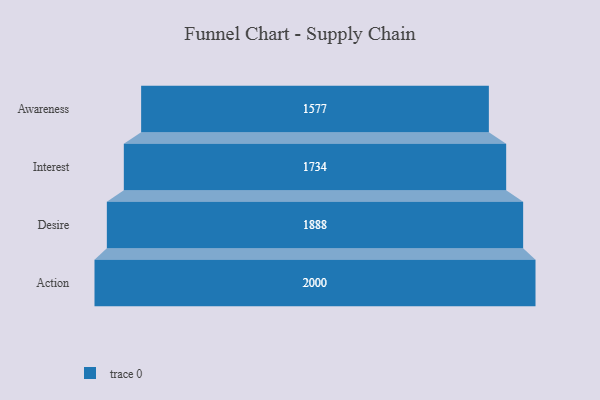
{"axis": {"x": "Stage", "y": "Value"}, "legend": [""], "data": [{"x": "Awareness", "y": 1577.0, "type": ""}, {"x": "Interest", "y": 1734.0, "type": ""}, {"x": "Desire", "y": 1888.0, "type": ""}, {"x": "Action", "y": 2000, "type": ""}]}